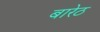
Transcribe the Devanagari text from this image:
बारेठ